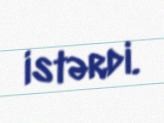
istərdi.